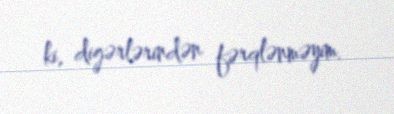
ki, digərlərindən fərqlənməyim.